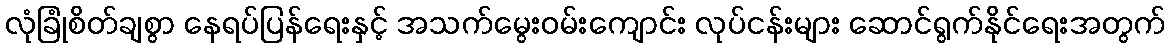
လုံခြုံစိတ်ချစွာ နေရပ်ပြန်ရေးနှင့် အသက်မွေးဝမ်းကျောင်း လုပ်ငန်းများ ဆောင်ရွက်နိုင်ရေးအတွက်